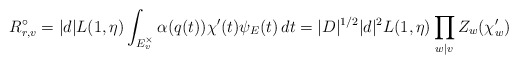
\begin{align*}R_{r,v}^{\circ}= |d|L(1, \eta)\int_{E_{v}^{\times}} \alpha(q(t))\chi'(t) \psi_{E}(t)\, dt = |D|^{1/2}|d|^{2} L(1, \eta)\prod_{w\vert v} Z_{w}( \chi'_{w}) \end{align*}